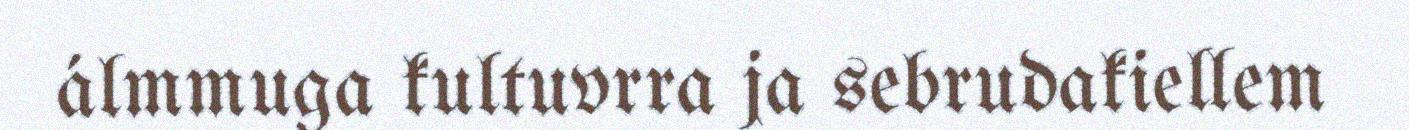
álmmuga kultuvrra ja sebrudakiellem